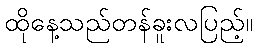
ထိုနေ့သည်တန်ခူးလပြည့်။